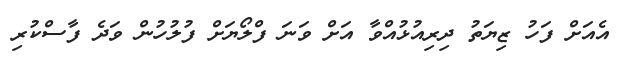
އެއަށް ފަހު ޒިޔަތު ދިރިއުޅުއްވާ އަށް ވަނަ ފްލޯޔަށް ފުލުުހުން ވަދެ ފާސްކުރި